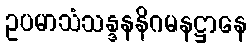
ဥပမာသံသန္ဒနနိဂမနဋ္ဌာနေ